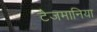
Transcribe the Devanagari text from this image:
टैजमानिया